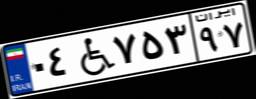
۰۴W۷۵۳۹۷